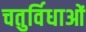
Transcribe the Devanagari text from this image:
चतुर्विधाओं